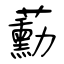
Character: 蘍